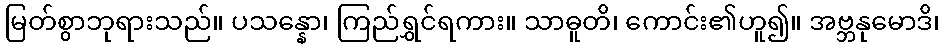
မြတ်စွာဘုရားသည်။ ပသန္နော၊ ကြည်ရွှင်ရကား။ သာဓူတိ၊ ကောင်း၏ဟူ၍။ အဗ္ဘနုမောဒိ၊